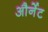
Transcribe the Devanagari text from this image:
और्नेट